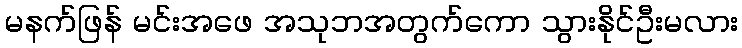
မနက်ဖြန် မင်းအဖေ အသုဘအတွက်ကော သွားနိုင်ဦးမလား